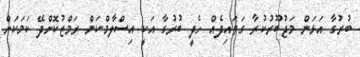
ބުރުގާ އަޅަން މަޖުބޫރުކުރާ ގަވައިދެއް ހެދީ ބުރުގާ އަކީ އިސްލާމްކަން ރަމްޒުކޮށްދޭ ކަމަކަށް